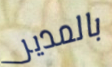
بالمدير